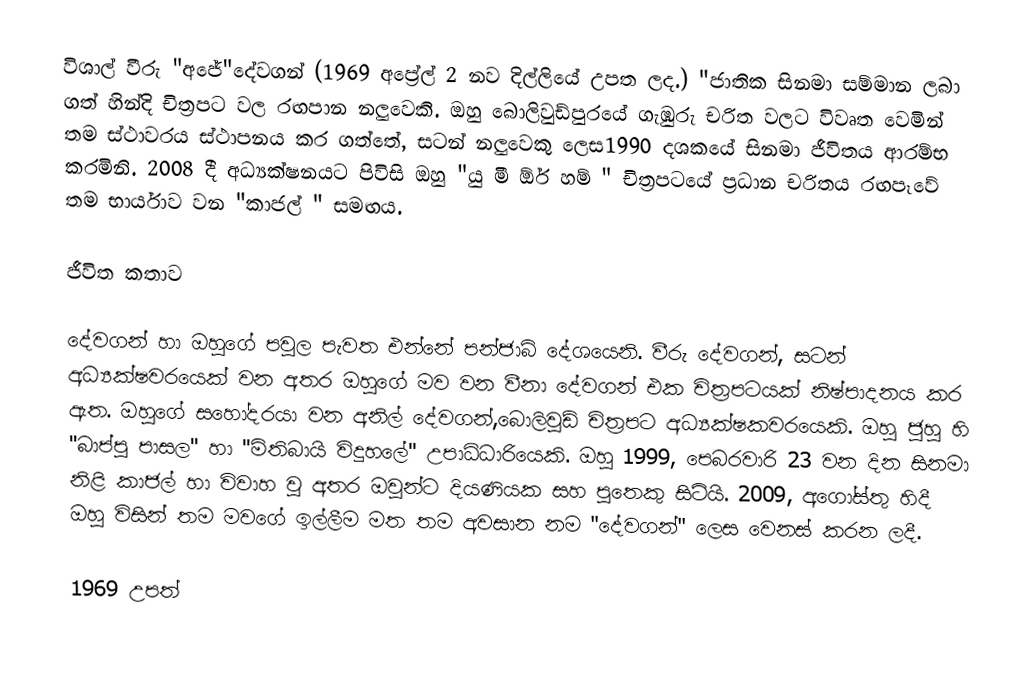
විශාල් වීරු "අජේ"දේවගන් (1969 අප්‍රේල් 2 නව දිල්ලියේ උපත ලද.) "ජාතික සිනමා සම්මාන ලබා ගත් හින්දි චිත්‍රපට වල රඟපාන නලුවෙකි. ඔහු බොලිවුඩ්පුරයේ ගැඹුරු චරිත වලට විවෘත වෙමින් තම ස්ථාවරය ස්ථාපනය කර ගත්තේ, සටන් නලුවෙකු ලෙස1990 දශකයේ සිනමා ජීවිතය ආරම්භ කරමිනි. 2008 දී අධ්‍යක්ෂනයට පිවිසි ඔහු "යු මී ඕර් හම් " චිත්‍රපටයේ ප්‍රධාන චරිතය රඟපෑවේ තම භාර්යාව වන "කාජල් " සමඟය.

ජීවිත කතාව

දේවගන් හා ඔහුගේ පවුල පැවත එන්නේ පන්ජාබ් දේශයෙනි. වීරු දේවගන්, සටන් අධ්‍යක්ෂවරයෙක් වන අතර ඔහුගේ මව වන වීනා දේවගන් එක චිත්‍රපටයක් නිෂ්පාදනය කර ඇත. ඔහුගේ සහෝදරයා වන අනිල් දේවගන්,බොලිවුඩ් චිත්‍රපට අධ්‍යක්ෂකවරයෙකි. ඔහු ජුහු හි "බාප්පු පාසල" හා "මිතිබායි විදුහලේ" උපාධිධාරියෙකි. ඔහු 1999, පෙබරවාරි 23 වන දින සිනමා නිළි කාජල් හා විවාහ වු අතර ඔවුන්ට දියණියක සහ පුතෙකු සිටියි. 2009, අගෝස්තු හිදී ඔහු විසින් තම මවගේ ඉල්ලීම මත තම අවසාන නම "දේවගන්" ලෙස වෙනස් කරන ලදී.

1969 උපත්